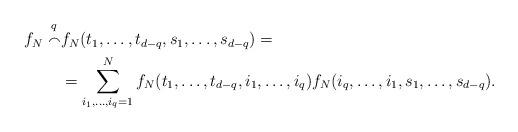
LaTeX: \begin{align*}f_N \stackrel{q}{\smallfrown}& f_N (t_1,\dots, t_{d-q},s_1,\dots,s_{d-q}) = \\&= \sum\limits_{i_{1},\dots,i_q=1}^{N}f_N(t_1,\dots,t_{d-q},i_1,\dots,i_q)f_N(i_q,\dots,i_1,s_1,\dots,s_{d-q}).\end{align*}